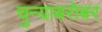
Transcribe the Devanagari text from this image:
चुन्याबरोबर